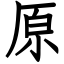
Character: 原